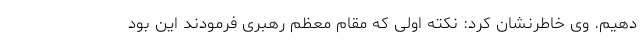
دهیم. وی خاطرنشان کرد: نکته اولی که مقام معظم رهبری فرمودند این بود